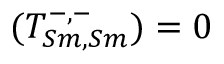
( T _ { S m , S m } ^ { - , - } ) = 0